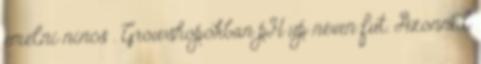
emelni nincs . Growshopokban pH up néven fut. Azonnal